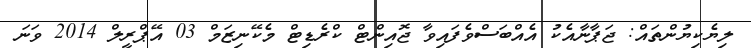
ލިޔެކިޔުންތައް: ޖަޕާނާއެކު އެއްބަސްވެފައިވާ ޖޮއިންޓް ކްރެޑިޓް މެކޭނިޒަމް 03 އޭޕްރީލް 2014 ވަނަ